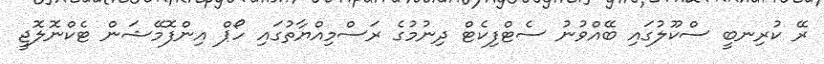
ރޭ ކުރިނބީ ސްކޫލުގައި ބޭއްވުނު ސެޓްފިކެޓް ދިނުމުގެ ރަސްމިއްޔާތުގައި ހޯޕް އިންފޮމޭޝަން ޓެކްނޮލޮޖީ